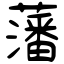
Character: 藩